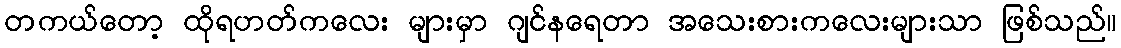
တကယ်တော့ ထိုရဟတ်ကလေး များမှာ ဂျင်နရေတာ အသေးစားကလေးများသာ ဖြစ်သည်။